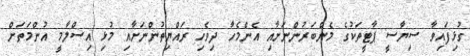
ގުޅިފައިވާ ސިޔާސީ ޕާޓީތަކުގެ މެންބަރުންނަށާއި އެންމެހާ ދިވެހި ރައްޔިތުންނަށާއި މުޅި އިސްލާމީ އުންމަތަށް